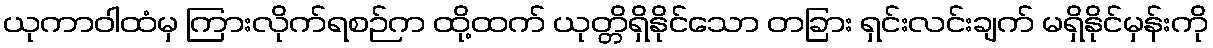
ယုကာဝါထံမှ ကြားလိုက်ရစဉ်က ထို့ထက် ယုတ္တိရှိနိုင်သော တခြား ရှင်းလင်းချက် မရှိနိုင်မှန်းကို